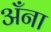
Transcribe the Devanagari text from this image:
अँना